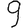
Digit: 9